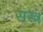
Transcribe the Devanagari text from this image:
सस्त्र